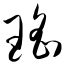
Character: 瑶